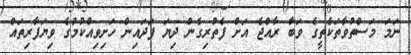
ނަމަ މަސްތުވާތަކެތީގެ ވަބާ ރާއްޖެ އަށް ފެތުރިގެން ދިޔަ ފަދައިން ހަށިވިއްކުމުގެ ވިޔަފާރިތައް